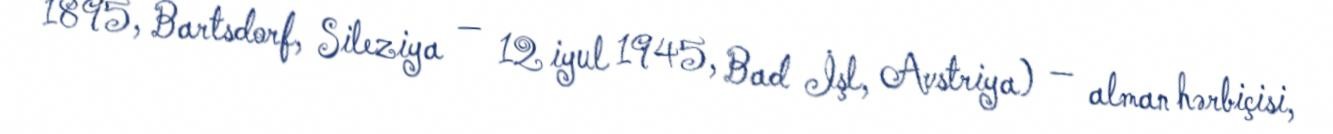
1895, Bartsdorf, Sileziya — 12 iyul 1945, Bad İşl, Avstriya) — alman hərbiçisi,